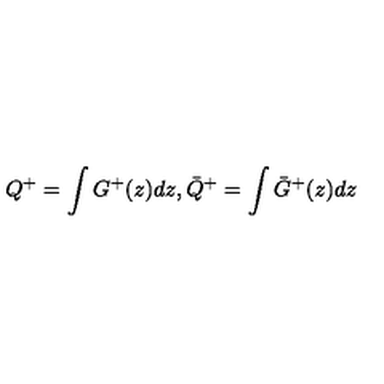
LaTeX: Q ^ { + } = \int G ^ { + } ( z ) d z , { \bar { Q } } ^ { + } = \int { \bar { G } } ^ { + } ( z ) d z